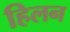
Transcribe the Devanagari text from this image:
हिलन